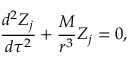
\frac { d ^ { 2 } Z _ { j } } { d \tau ^ { 2 } } + \frac M { r ^ { 3 } } Z _ { j } = 0 ,